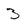
Character: 3